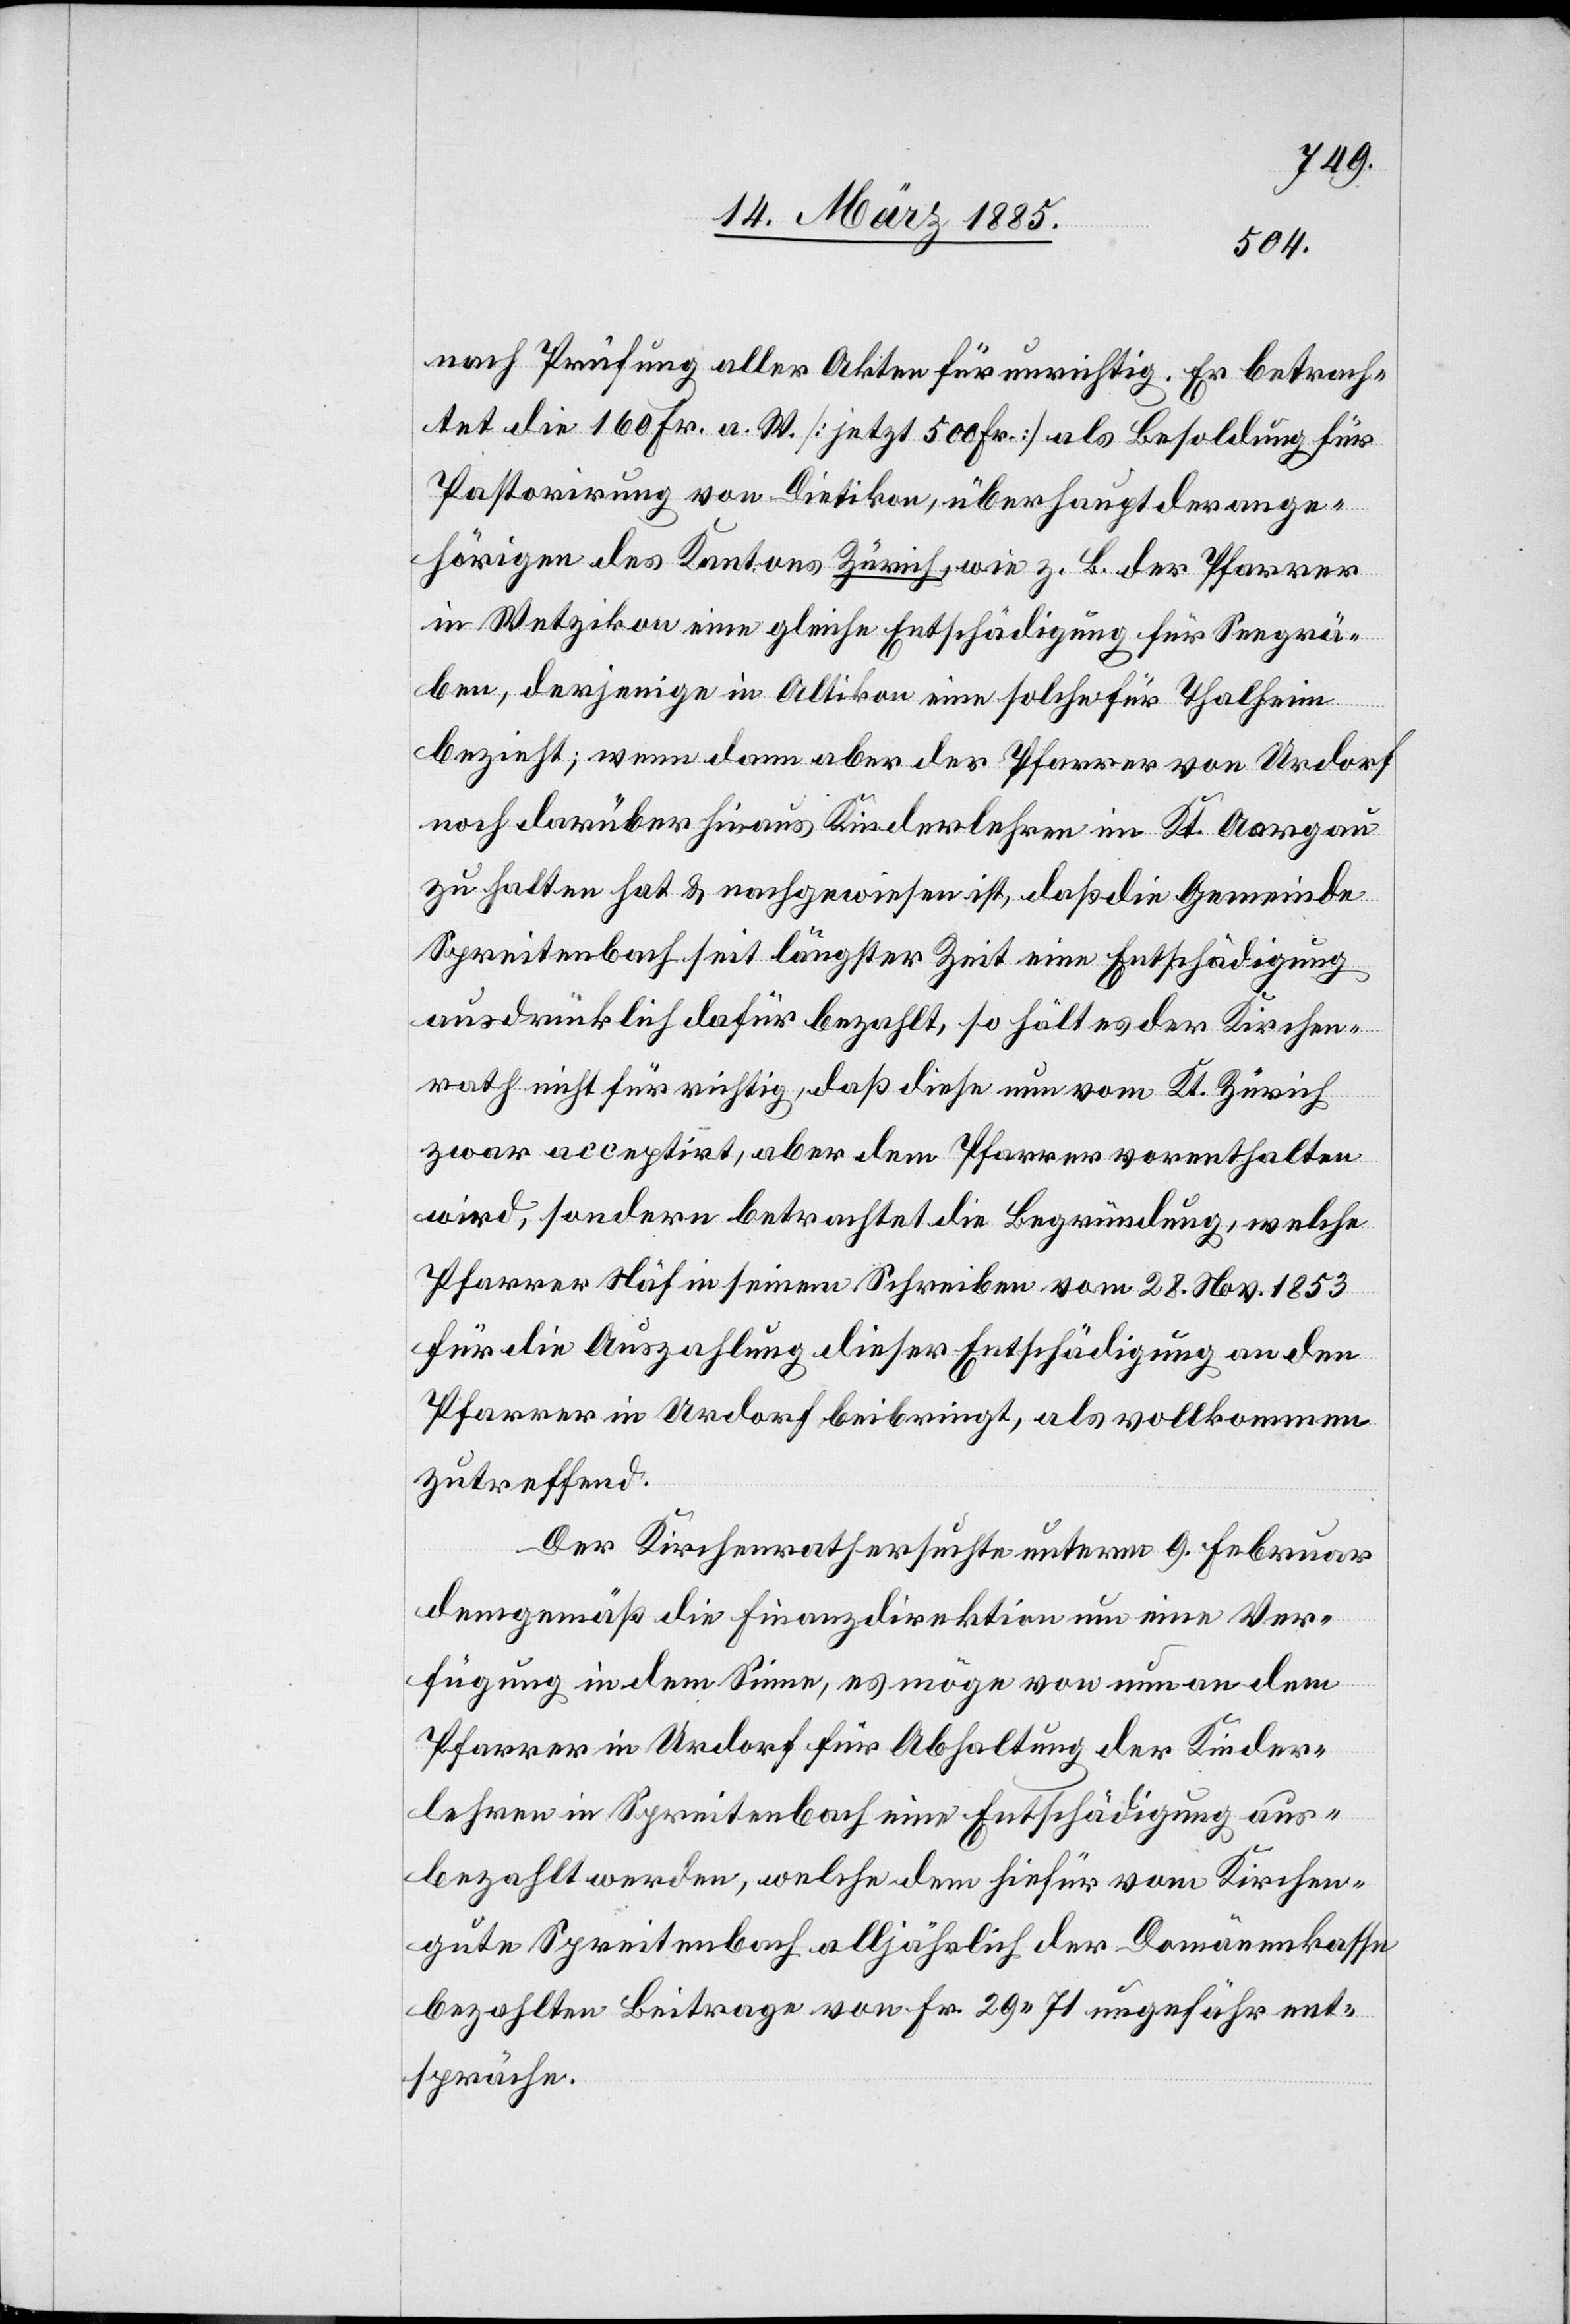
nach Prüfung aller Akten für unrichtig. Er betrach¬
tete die 160 Fr. a. W. [jetzt 500 Fr.] als Besoldung für
Pastorirung von Dietikon, überhaupt der ange¬
hörigen des Kantons Zürich, wie z. B. der Pfarrer
in Wetzikon eine gleiche Entschädigung für Seegrä¬
ben, derjenige in Altikon eine solche für Thalheim
bezieht; wenn dann aber der Pfarrer von Urdorf
noch darüber hinaus Kinderlehren im Kt. Aargau
zu halten hat & nachgewiesen ist, daß die Gemeinde
Spreitenbach seit längster Zeit eine Entschädigung
ausdrücklich dafür bezahlt, so hält es der Kirchen¬
rath nicht für richtig, daß diese nun vom Kt. Zürich
zwar acceptirt, aber dem Pfarrer vorenthalten
wird, sondern betrachtet die Begründung, welche
Pfarrer Näf in seinem Schreiben vom 28. Nov. 1853
für die Auszahlung dieser Entschädigung an den
Pfarrer in Urdorf beibringt, als vollkommen
zutreffend.
Der Kirchenrath ersuchte unterm 9. Februar
demgemäß die Finanzdirektion um eine Ver¬
fügung in dem Sinne, es möge von nun an dem
Pfarrer in Urdorf für Abhaltung der Kinder¬
lehren in Spreitenbach eine Entschädigung aus¬
bezahlt werden, welche dem hiefür vom Kirchen¬
gute Spreitenbach alljährlich der Domänenkasse
bezahlten Beitrage von Fr. 29 71 ungefähr ent¬
spräche.